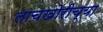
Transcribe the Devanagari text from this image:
लाचखोरीच्या